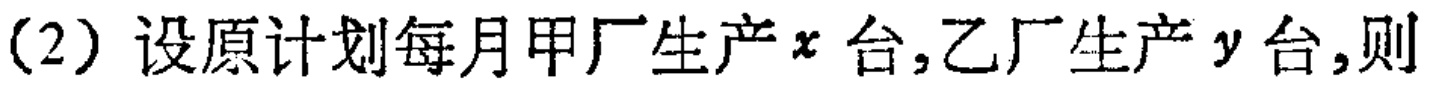
（2）设原计划每月甲厂生产\(x\)台,乙厂生产\(y\)台,则